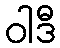
ဝါဒီ